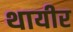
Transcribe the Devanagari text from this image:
थायीर